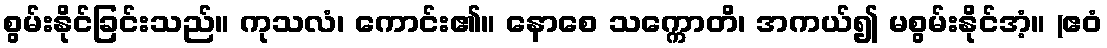
စွမ်းနိုင်ခြင်းသည်။ ကုသလံ၊ ကောင်း၏။ နောစေ သက္ကောတိ၊ အကယ်၍ မစွမ်းနိုင်အံ့။ (ဧဝံ